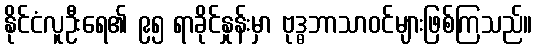
နိုင်ငံလူဦးရေ၏ ၉၅ ရာခိုင်နှုန်းမှာ ဗုဒ္ဓဘာသာဝင်များဖြစ်ကြသည်။